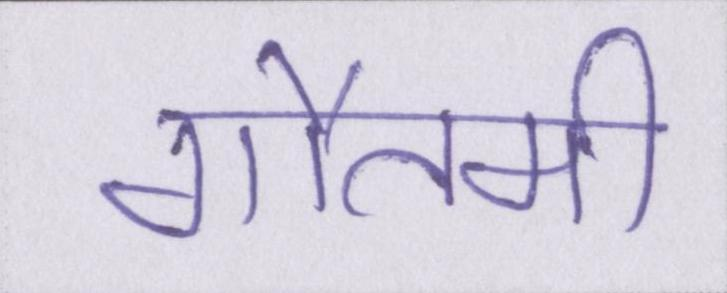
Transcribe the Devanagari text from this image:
गौतमी